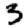
Digit: 3